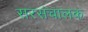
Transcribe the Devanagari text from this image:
सरसंचालक